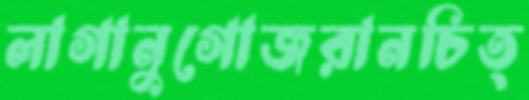
লাগানুগোজরানচিত্